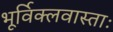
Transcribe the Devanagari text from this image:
भूर्विक्लवास्ताः